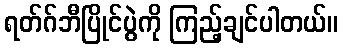
ရတ်ဂ်ဘီပြိုင်ပွဲကို ကြည့်ချင်ပါတယ်။